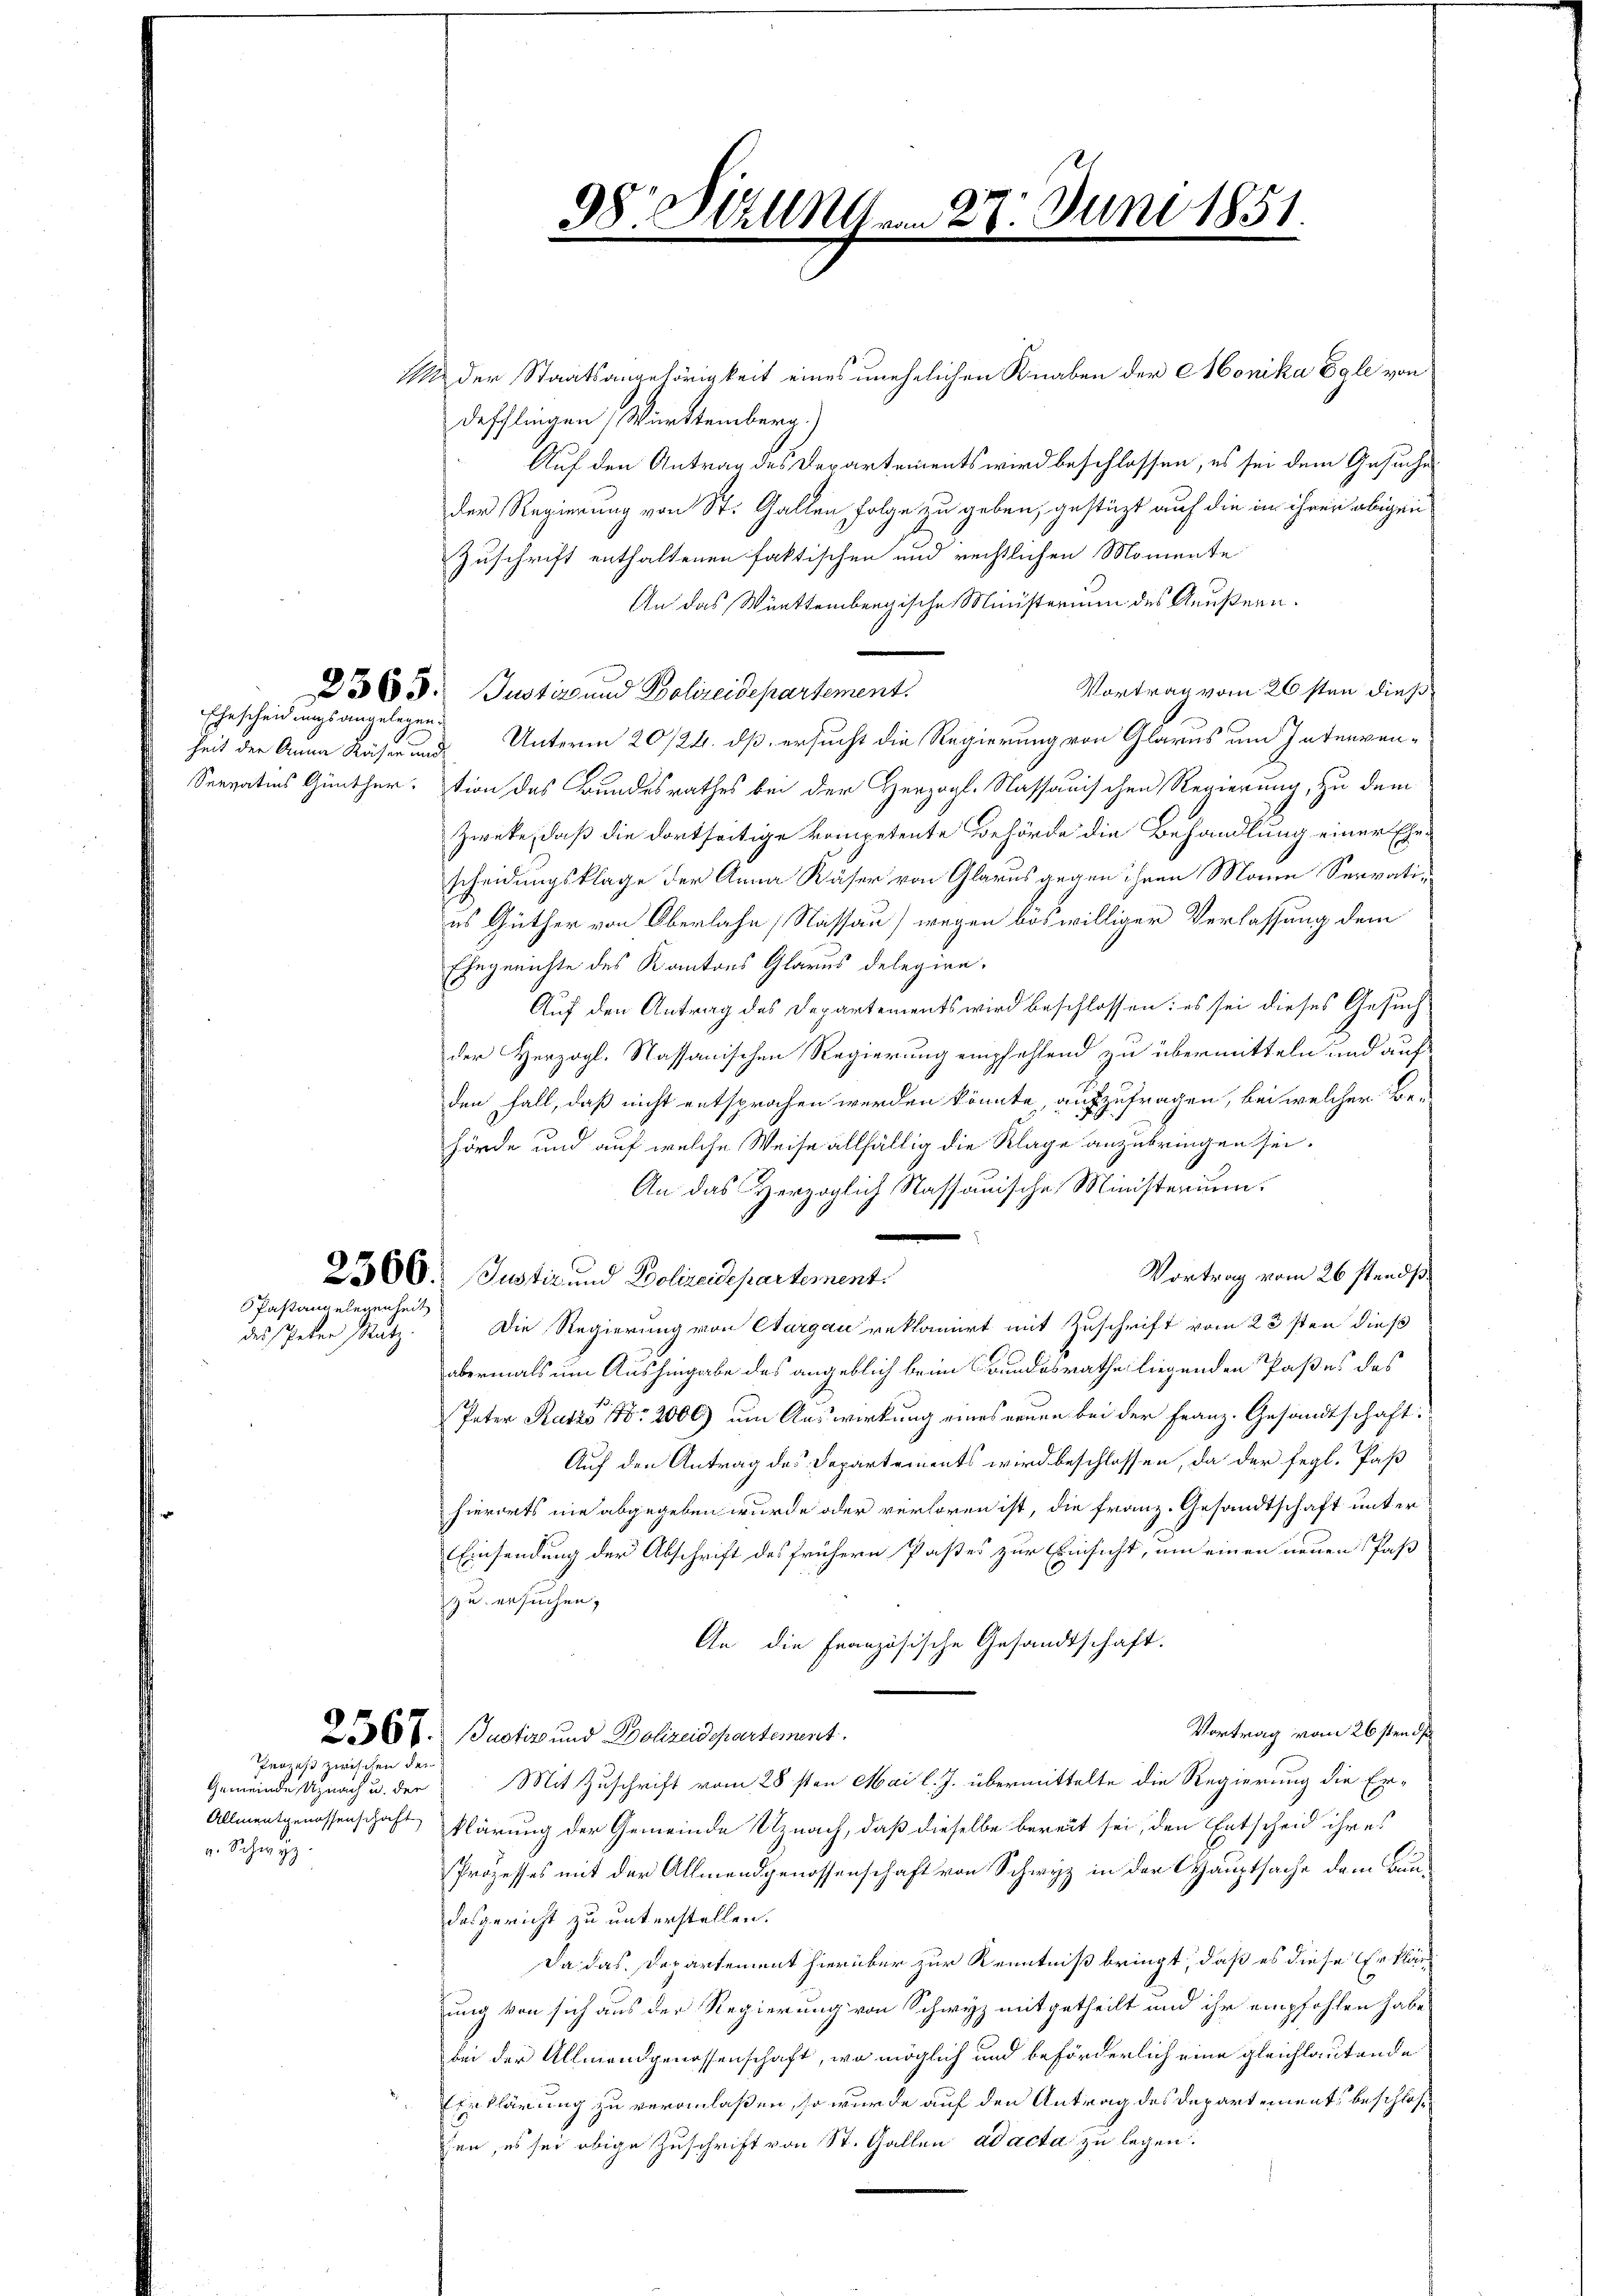
heit der Anna Käser und

1 der Staatsangehörigkeit eines unehelichen Knaben der Monika Egle von
defflingen, Württemberg.)
Auf den Antrag des Departements wird beschlossen, es sei dem Gesuches
der Regierung von St. Gallen Folge zu geben, gestüzt auf die in ihrer obigen
Zuschrift enthaltenen faktischen und rechtlichen Momente
An das Württembergische Ministerium des Aeußern.
Vortrag vom 26sten dieß
Justiz und Polizeidepartement.
Unterm 20./24. dß, ersucht die Regierung von Glarus um Intenven¬
Serrates Günther: tion des Bundesrathes bei der Herzogl. Nassauischen Regierung, zu dem
Zweke, daß die dortseitige kompetente Behörde die Behandlung einer Ehescheidungsklage der Anna Käser von Glarus gegen ihren Mann Servaties Güther von Oberlahn (Nassau) wegen böswilliger Verlassung dem
Ehegerichte des Kantons Glarus delegire.
Auf den Antrag des Departements wird beschlossen; es sei dieses Gesuch
der Herzogl. Kassauischen Regierung empfehlend zu übermitteln und auf
den Fall, daß nicht entsprochen werden könnte, aufzufragen, bei welcher Be-
hörde und auf welche Weise allfällig die Klage anzubringen sei.
An das Herzoglich Kassauische Ministerium
Vortrag vom 26 stands
2300. Justiz und Polizeidepartement.
Die Regierung von Aargau reklamiert mit Zuschrift vom 23sten dieß
abermals um Aushingabe des angeblich beim Grundesrathe liegenden Paßes des
Peter Rutto 14. 2000) um Auswirkung eines neuen bei der Franz. Gesandtschaft.
Auf den Antrag des Departements wird beschlossen, da der segl. Paß
hierorts nie abgegeben wurde oder verloren ist, die Franz. Gesandtschaft unter
Einsendung der Abschrift des frühern Pastes zur Einsicht, und einen neuen Paß
zu ersuchen,
An die Französische Gesandtschaft.
Vortrag vom 26sten d
26. Justiz und Polizeidepartement.
Mit Zuschrift vom 28sten Mai l. J. übermittelte die Regierung die Er¬
Allmenternossenschaft klärung der Gemeinde Uznach, daß dieselbe bereit sei, den Entscheid ihres
Prozesses mit der Allmendgenossenschaft von Schwyz in der Hauptsache dem Baudesgericht zu unterstellen.
Da das Departement hierüber zur Kenntniß bringt, daß es diese Erklär
ung von sich aus der Regierung von Schwyz mitgetheilt und ihr empfohlen habe
bei der Allmendgenossenschaft, wo möglich und beförderlich eine gleichlautende
EErklärung zu veranlaßen, so wurde auf den Antrag des Departements beschlos
hen, es sei obige Zuschrift von St. Gallen ad acta zu legen.

2565.
Ehescheidungsangelegen

Pastangelegenheit

des speter Mutz.

Prozess den der

Gemeinde Unach u. der
v. Schwyz.

98 erla
1
i

m 28. Juni 1851
.